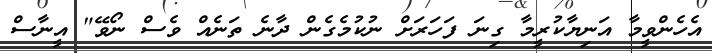
އެހެންވީމާ އަނިޔާކުރީމާ ގިނަ ފަހަރަށް ނުކުމެގެން ދާނެ ތަނެއް ވެސް ނޯވޭ" އީނާސް